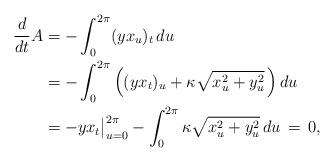
LaTeX: \begin{align*}\begin{aligned} \frac{d}{dt} A & = - \int_0^{2 \pi} (y x_{u})_{t} \, du \\ & = - \int_0^{2 \pi} \left( ( yx_{t} )_{u}+\kappa\sqrt{x_{u}^{2}+y_{u}^{2}} \, \right) du \\& = - y x_t \big\vert_{u=0}^{2\pi} - \int_0^{2 \pi} \kappa \sqrt{x_u^2 + y_u^2} \, du \, = \, 0,\end{aligned}\end{align*}